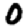
Digit: 0